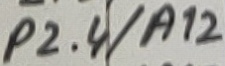
Text: P2.4/A12